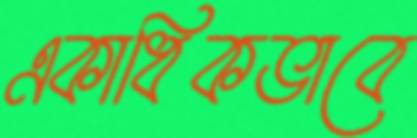
একাধিকভাবে